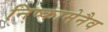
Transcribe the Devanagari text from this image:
निष्कामेनैव